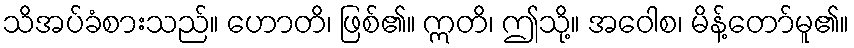
သိအပ်ခံစားသည်။ ဟောတိ၊ ဖြစ်၏။ ဣတိ၊ ဤသို့။ အဝေါစ၊ မိန့်တော်မူ၏။